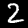
Digit: 2